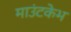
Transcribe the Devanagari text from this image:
माउंटकेभ